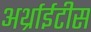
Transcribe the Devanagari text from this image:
अर्थ्राईटीस